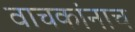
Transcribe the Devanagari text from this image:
वाचकांनाच